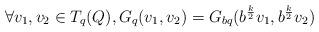
LaTeX: \begin{align*} \forall v_{1},v_{2}\in T_{q}(Q), G_{q}(v_{1},v_{2})=G_{bq}(b^{\frac{k}{2}}v_{1},b^{\frac{k}{2}}v_{2})\end{align*}